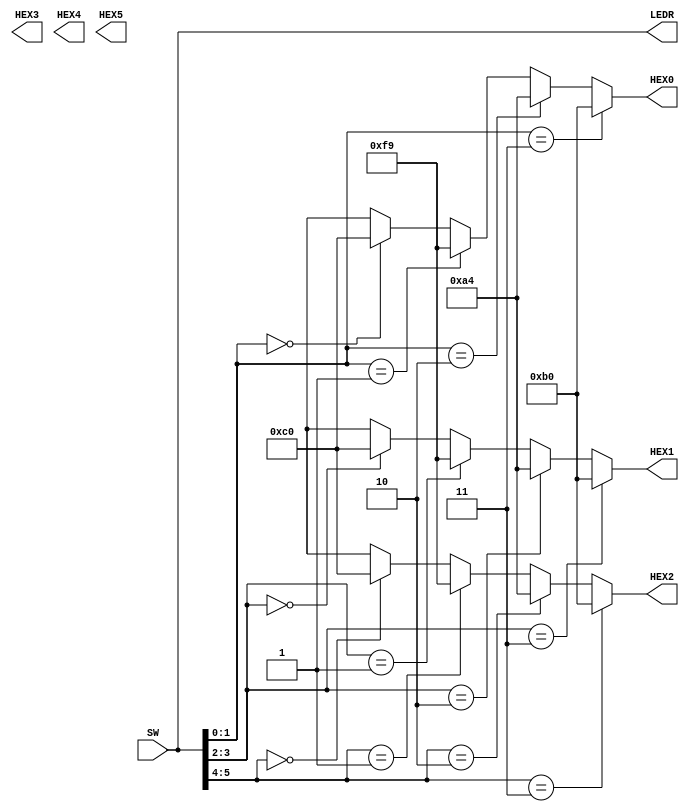
module TopLevel (
    input [5:0] SW,
    output [5:0] LEDR,
    output [7:0] HEX0, HEX1, HEX2, HEX3, HEX4, HEX5
);

function [7:0] digit;
    input [1:0] num;

    begin
        if (num == 0) begin
            digit = 8'b11000000;
        end

        if (num == 1) begin
            digit = 8'b11111001;
        end

        if (num == 2) begin
            digit = 8'b10100100;
        end

        if (num == 3) begin
            digit = 8'b10110000;
        end

    end
    
endfunction

assign LEDR = SW;

assign HEX0 = digit(SW[1:0]);
assign HEX1 = digit(SW[3:2]);
assign HEX2 = digit(SW[5:4]);
    
endmodule